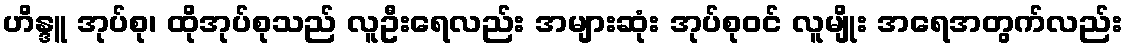
ဟိန္ဒူ အုပ်စု၊ ထိုအုပ်စုသည် လူဦးရေလည်း အများဆုံး အုပ်စုဝင် လူမျိုး အရေအတွက်လည်း